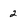
Character: 2